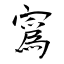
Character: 寪